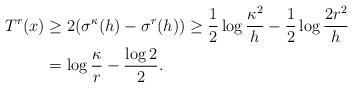
LaTeX: \begin{align*}T^r (x) &\geq 2(\sigma^{\kappa} (h) - \sigma^r (h)) \geq \frac{1}{2} \log \frac{\kappa^2}{h} - \frac{1}{2} \log \frac{2r^2}{h} \\ &= \log \frac{\kappa}{r} - \frac{\log 2}{2}.\end{align*}